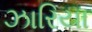
ઝારિયા